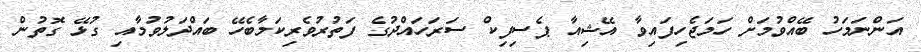
އަންނަމަހު ބޭއްވުމަށް ހަމަޖެހިފައިވާ އޭޝިއާ ޕެސިފިކް ސަރަހައްދުގެ ފަތުރުވެރިކަމާބެހޭ ބައްދަލުވުމާއި ގުޅޭ ގޮތުން